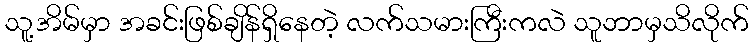
သူ့အိမ်မှာ အခင်းဖြစ်ချိန်ရှိနေတဲ့ လက်သမားကြီးကလဲ သူဘာမှသိလိုက်